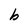
Character: b